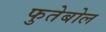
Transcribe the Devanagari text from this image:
फुतेबोल